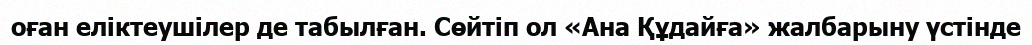
оған еліктеушілер де табылған. Сөйтіп ол «Ана Құдайға» жалбарыну үстінде